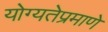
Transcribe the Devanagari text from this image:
योग्यतेप्रमाणे